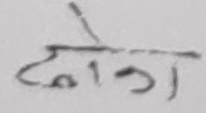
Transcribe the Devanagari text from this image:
दो लोग